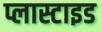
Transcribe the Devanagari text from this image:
प्लास्टाइड